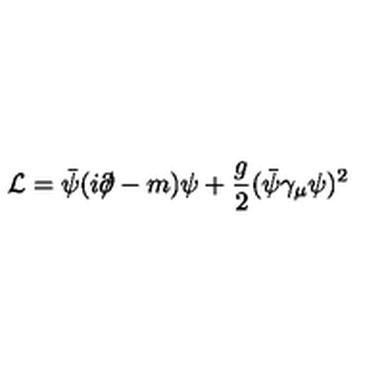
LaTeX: { \cal L } = \bar { \psi } ( i \partial \! \! \! / - m ) \psi + \frac { g } { 2 } ( \bar { \psi } \gamma _ { \mu } \psi ) ^ { 2 }